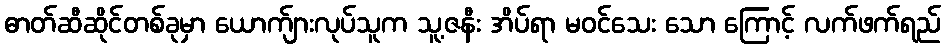
ဓာတ်ဆီဆိုင်တစ်ခုမှာ ယောက်ျားလုပ်သူက သူ့ဇနီး အိပ်ရာ မဝင်သေး သော ကြောင့် လက်ဖက်ရည်